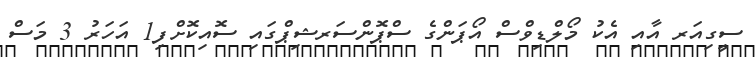
ސީގިއަރ އާއި އެކު މޯލްޑިވްސް އޯޕަންގެ ސްޕޮންސަރޝިޕްގައި ސޮއިކޮށްފި1 އަހަރު 3 މަސް